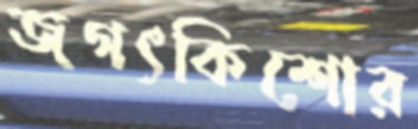
জগৎকিশোর